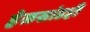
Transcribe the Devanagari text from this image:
हेळसांडही